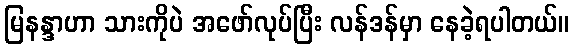
မြနန္ဒာဟာ သားကိုပဲ အဖော်လုပ်ပြီး လန်ဒန်မှာ နေခဲ့ရပါတယ်။